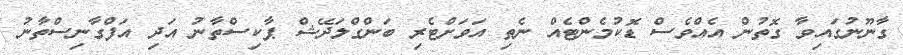
ގާނޫނުގައިވާ ގޮތުން އެއްވެސް ޑޮކުމެންޓެއް ނެތި އަވަށްޓެރި ބަންގްލަދޭޝް ޕާކިސްތާނު އަދި އަފްގާނިސްތާނު